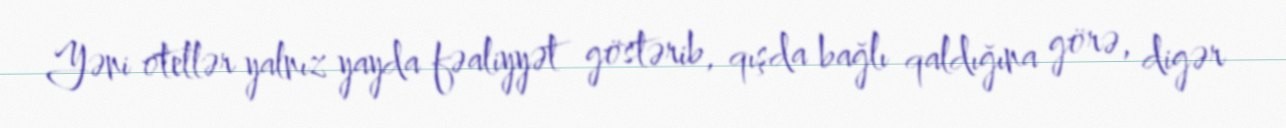
Yəni otellər yalnız yayda fəaliyyət göstərib, qışda bağlı qaldığına görə, digər